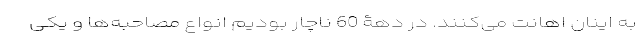
به اینان اهانت می‌کنند. در دهۀ 60 ناچار بودیم انواع مصاحبه‌ها و یکی